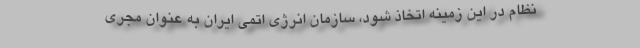
نظام در این زمینه اتخاذ شود، سازمان انرژی اتمی ایران به عنوان مجری